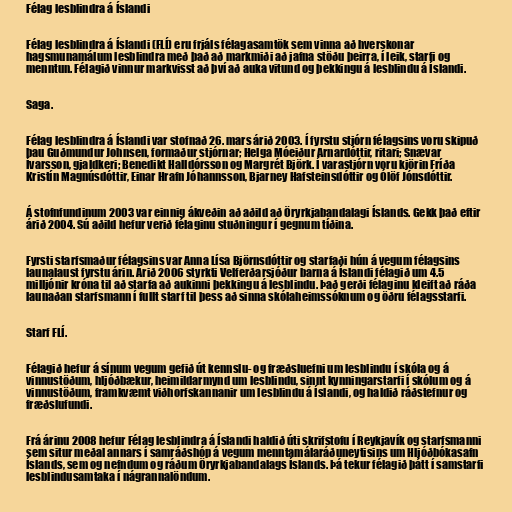
Félag lesblindra á Íslandi

Félag lesblindra á Íslandi (FLÍ) eru frjáls félagasamtök sem vinna að hverskonar
hagsmunamálum lesblindra með það að markmiði að jafna stöðu þeirra, í leik, starfi og
menntun. Félagið vinnur markvisst að því að auka vitund og þekkingu á lesblindu á Íslandi.

Saga.

Félag lesblindra á Íslandi var stofnað 26. mars árið 2003. Í fyrstu stjórn félagsins voru skipuð
þau Guðmundur Johnsen, formaður stjórnar; Helga Móeiður Arnardóttir, ritari; Snævar
Ívarsson, gjaldkeri; Benedikt Halldórsson og Margrét Björk. Í varastjórn voru kjörin Fríða
Kristín Magnúsdóttir, Einar Hrafn Jóhannsson, Bjarney Hafsteinsdóttir og Ólöf Jónsdóttir.

Á stofnfundinum 2003 var einnig ákveðin að aðild að Öryrkjabandalagi Íslands. Gekk það eftir
árið 2004. Sú aðild hefur verið félaginu stuðningur í gegnum tíðina.

Fyrsti starfsmaður félagsins var Anna Lísa Björnsdóttir og starfaði hún á vegum félagsins
launalaust fyrstu árin. Árið 2006 styrkti Velferðarsjóður barna á Íslandi félagið um 4.5
milljónir króna til að starfa að aukinni þekkingu á lesblindu. Það gerði félaginu kleift að ráða
launaðan starfsmann í fullt starf til þess að sinna skólaheimssóknum og öðru félagsstarfi.

Starf FLÍ.

Félagið hefur á sínum vegum gefið út kennslu- og fræðsluefni um lesblindu í skóla og á
vinnustöðum, hljóðbækur, heimildarmynd um lesblindu, sinnt kynningarstarfi í skólum og á
vinnustöðum, framkvæmt viðhorfskannanir um lesblindu á Íslandi, og haldið ráðstefnur og
fræðslufundi.

Frá árinu 2008 hefur Félag lesblindra á Íslandi haldið úti skrifstofu í Reykjavík og starfsmanni
sem situr meðal annars í samráðshóp á vegum menntamálaráðuneytisins um Hljóðbókasafn
Íslands, sem og nefndum og ráðum Öryrkjabandalags Íslands. Þá tekur félagið þátt í samstarfi
lesblindusamtaka í nágrannalöndum.